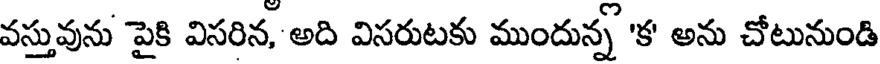
వస్తువును పైకి విసరిన, అది విసరుటకు ముందున్న 'క' అను చోటునుండి